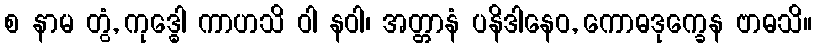
စ နာမ တွံ, ကုဒ္ဓေါ ကာဟသိ ဝါ နဝါ၊ အတ္တာနံ ပနိဒါနေဝ, ကောဓဒုက္ခေန ဗာဓသိ။